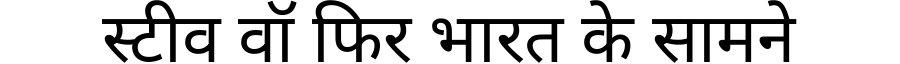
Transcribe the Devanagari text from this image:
स्टीव वॉ फिर भारत के सामने